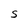
Character: S